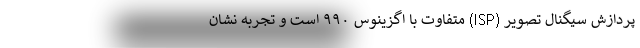
پردازش سیگنال تصویر (ISP) متفاوت با اگزینوس ۹۹۰ است و تجربه نشان